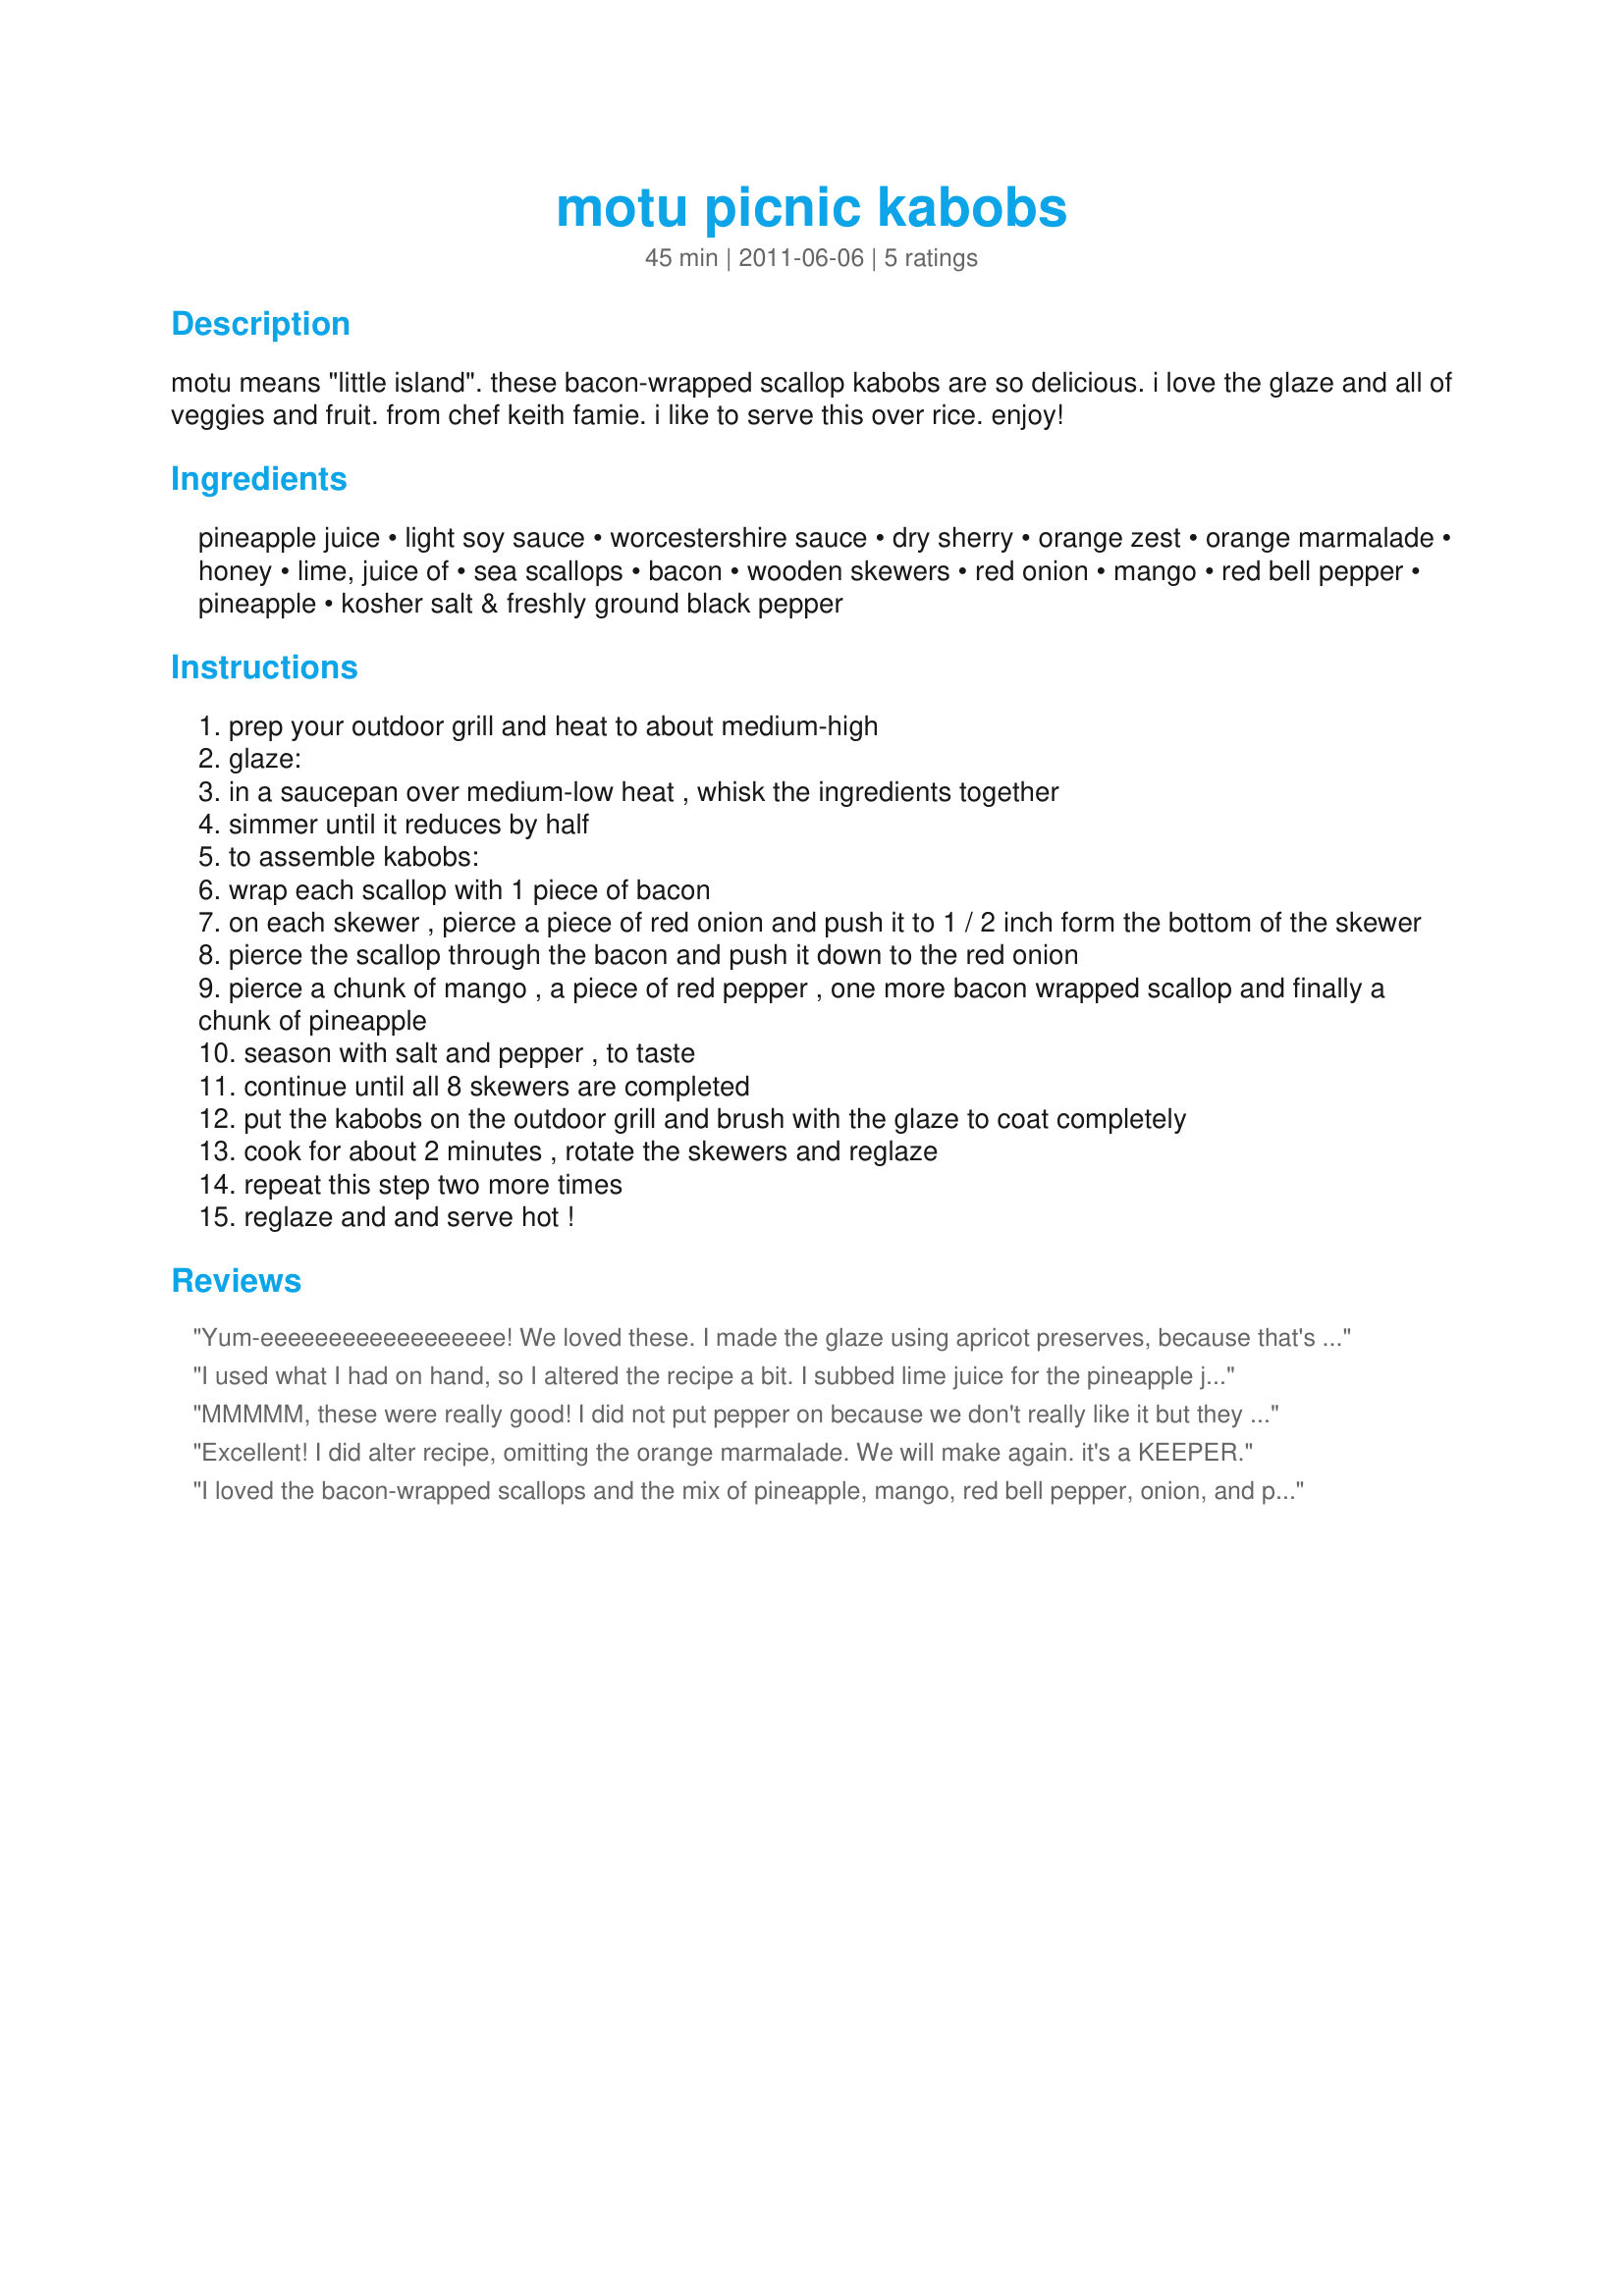
motu picnic kabobs
Preparation time: 45 minutes

motu means "little island". these bacon-wrapped scallop kabobs are so delicious. i love the glaze and all of veggies and fruit. from chef keith famie. i like to serve this over rice. enjoy!

Ingredients:
pineapple juice, light soy sauce, worcestershire sauce, dry sherry, orange zest, orange marmalade, honey, lime, juice of, sea scallops, bacon, wooden skewers, red onion, mango, red bell pepper, pineapple, kosher salt & freshly ground black pepper

Steps:
prep your outdoor grill and heat to about medium-high
glaze:
in a saucepan over medium-low heat , whisk the ingredients together
simmer until it reduces by half
to assemble kabobs:
wrap each scallop with 1 piece of bacon
on each skewer , pierce a piece of red onion and push it to 1 / 2 inch form the bottom of the skewer
pierce the scallop through the bacon and push it down to the red onion
pierce a chunk of mango , a piece of red pepper , one more bacon wrapped scallop and finally a chunk of pineapple
season with salt and pepper , to taste
continue until all 8 skewers are completed
put the kabobs on the outdoor grill and brush with the glaze to coat completely
cook for about 2 minutes , rotate the skewers and reglaze
repeat this step two more times
reglaze and and serve hot !

Reviews:
Yum-eeeeeeeeeeeeeeeeee! We loved these. I made the glaze using apricot preserves, because that's what I had on hand. I also squeezed the remainder of my mango into the glaze. Everything about these was awesome! Made for ZWT7
I used what I had on hand, so I altered the recipe a bit. I subbed lime juice for the pineapple juice, lemon zest for the orange zest, used 1/8 cup of regular soy sauce, mirin instead of sherry, and pineapple/mango marmalade for the orange marmalade. I also put three pieces of each vegetable/fruit on each skewer with one group of each on each end of the skewer an one bunch in between the two scallops. I used canned pineapple and put some of the juice in the glaze along with two pieces of bacon that were left over. This is a fun versatile recipe that could be made to suit almost anyone's taste. Thank you LifeIsGood for such a unique addition to our 4th of July barbecue!
MMMMM, these were really good! I did not put pepper on because we don't really like it but they were still wonderful. They left quite the mess on hubby's grill but the taste was worth it. Made for ZWT for the Golden Gourmets
Excellent! I did alter recipe, omitting the orange marmalade. We will make again. it's a KEEPER.
I loved the bacon-wrapped scallops and the mix of pineapple, mango, red bell pepper, onion, and pineapple. Loved the grilling aspect of the recipe. I wasn't too fond of the orange flavored glaze. In fact, I wish I had left it off and cooked them without the glaze. I found it really altered the flavor of the mango and pineapple. This is probably a personal preference, so if you really like orange flavor, you might love this. Even so, this was very enjoyable, and I'll repeat it without the glaze.
